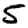
Digit: 5